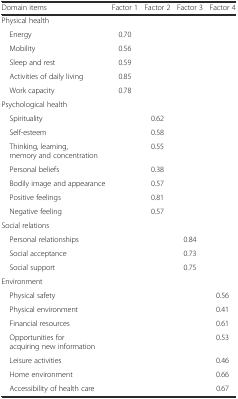
| Domain items | Factor 1 | Factor 2 | Factor 3 | Factor 4 |
 | --- | --- | --- | --- | --- |
 | <COLSPAN=5> Physical health |
 | Energy | 0.70 |  |  |  |
 | Mobility | 0.56 |  |  |  |
 | Sleep and rest | 0.59 |  |  |  |
 | Activities of daily living | 0.85 |  |  |  |
 | Work capacity | 0.78 |  |  |  |
 | <COLSPAN=5> Psychological health |
 | Spirituality |  | 0.62 |  |  |
 | Self-esteem |  | 0.58 |  |  |
 | Thinking, learning, memory and concentration |  | 0.55 |  |  |
 | Personal beliefs |  | 0.38 |  |  |
 | Bodily image and appearance |  | 0.57 |  |  |
 | Positive feelings |  | 0.81 |  |  |
 | Negative feeling |  | 0.57 |  |  |
 | <COLSPAN=5> Social relations |
 | Personal relationships |  |  | 0.84 |  |
 | Social acceptance |  |  | 0.73 |  |
 | Social support |  |  | 0.75 |  |
 | <COLSPAN=5> Environment |
 | Physical safety |  |  |  | 0.56 |
 | Physical environment |  |  |  | 0.41 |
 | Financial resources |  |  |  | 0.61 |
 | Opportunities for acquiring new information |  |  |  | 0.53 |
 | Leisure activities |  |  |  | 0.46 |
 | Home environment |  |  |  | 0.66 |
 | Accessibility of health care |  |  |  | 0.67 |